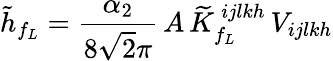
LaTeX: \tilde{h}_{f_{L}}=\frac{\alpha_{2}}{8\sqrt{2}\pi}\, A\, {\widetilde K}_{f_{L}}^{\, ijlkh}\, V_{ijlkh}